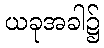
ယခုအခါ၌